system: You are a helpful assistant.
user:
Analyze the provided spectrum to determine if it is a **Carbon Star (C-type)**.

- **Key Visual Indicators of Carbon Star:**
    - **(Primary):** Strong molecular absorption from **C₂ (diatomic carbon) "Swan Bands."** This is the **defining feature** of a carbon star.
        - **(Key Bandheads):** Sharp absorption edges are visible at approximately $5635$ Å, $5165$ Å (the strongest band), and $4737$ Å.
        - **(Line Profile):** Creates a distinct **"saw-tooth"** pattern. The key morphology is a sharp, steep bandhead on the **red (long-wavelength) side**, which then gradually tapers off (i.e., flux recovers) towards the **blue (short-wavelength) side**. *(This is the direct opposite of the TiO bands seen in M-type stars)*.

    - **(Secondary):** Intense **CN (cyanogen)** molecular absorption bands.
        - **(Key Bandheads):** Located in the blue and violet regions of the spectrum (e.g., near $4215$ Å and $3883$ Å).
        - **(Morphology):** These bands are extremely broad and act as a "blanket," absorbing the vast majority of blue and violet light. This creates a characteristic **"cliff"** or **"steep drop-off"** in the spectrum's flux at short wavelengths.

    - **(Key Confirmation):** Strong **CH absorption band (G-band)**.
        - **(Key Bandhead):** Located around $4300$ Å. The contribution from CH molecules to this band is exceptionally strong.

    - **(Overall Spectrum):**
        - The continuum is severely "chopped up" by these deep molecular bands, especially C₂, rather than appearing as a smooth curve.
        - Due to the heavy CN and C₂ absorption in the blue-green, the vast majority of the star's flux is concentrated in the red part of the spectrum, giving the star its characteristic deep red color.

Think first, call **spectral_visualization_tool** if needed to examine features in detail, then provide your final answer. Your response must adhere to the following strict rules:
1.  **Overall Structure:** Your response must follow the format `<think>...</think> <tool_call>...</tool_call> (if a tool is used) <answer>...</answer>`.
2.  **Tool Usage Constraint:** You may only make **one** tool call per turn.
3.  **Final Answer Format:** In the `<answer>` tag, your conclusion must be inside a `\boxed{}` command (e.g., `\boxed{YES}`), followed by your justification.

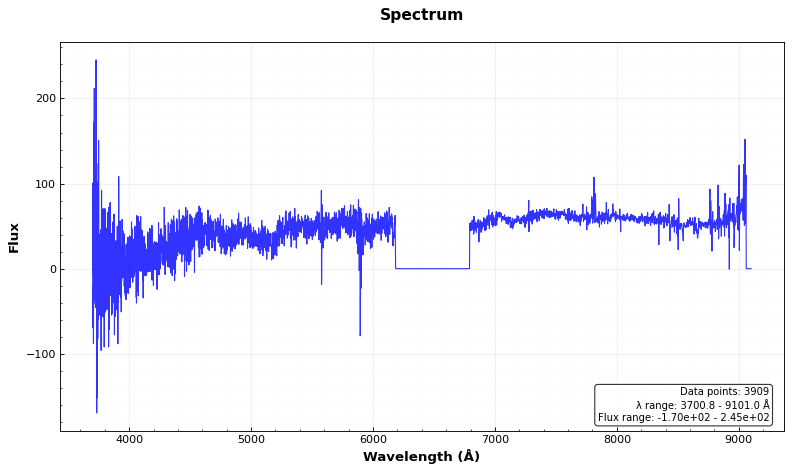
Answer: NO